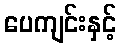
ပေကျင်းနှင့်